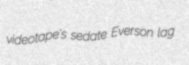
videotape's sedate Everson lag